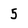
Character: 5